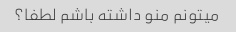
میتونم منو داشته باشم لطفا؟